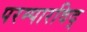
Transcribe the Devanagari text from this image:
परम्पारविद्